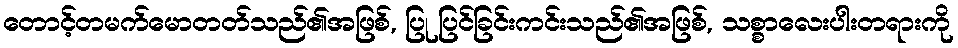
တောင့်တမက်မောတတ်သည်၏အဖြစ်, ပြု ပြင်ခြင်းကင်းသည်၏အဖြစ်, သစ္စာလေးပါးတရားကို